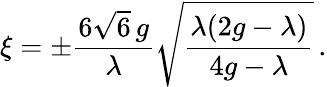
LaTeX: \xi=\pm\frac{6\sqrt{6}\, g}{\lambda}\sqrt{\frac{\lambda(2g-\lambda)}{4g-\lambda}}\, .